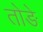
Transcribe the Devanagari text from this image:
तोङे